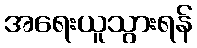
အရေးယူသွားရန်